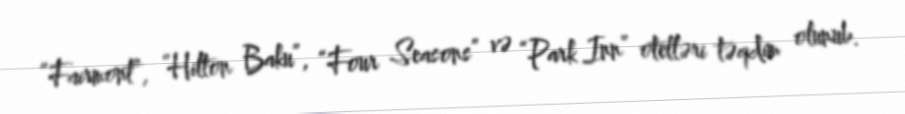
“Fairmont”, “Hilton Baku”, “Four Seasons” və “Park Inn” otelləri təqdim olunub.